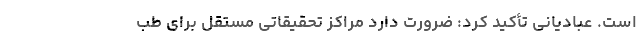
است. عبادیانی تأکید کرد: ضرورت دارد مراکز تحقیقاتی مستقل برای طب